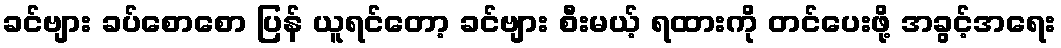
ခင်ဗျား ခပ်စောစော ပြန် ယူရင်တော့ ခင်ဗျား စီးမယ့် ရထားကို တင်ပေးဖို့ အခွင့်အရေး